Indian journal of veterinary science and animal husbandry - Volume 8,
Year: 1938
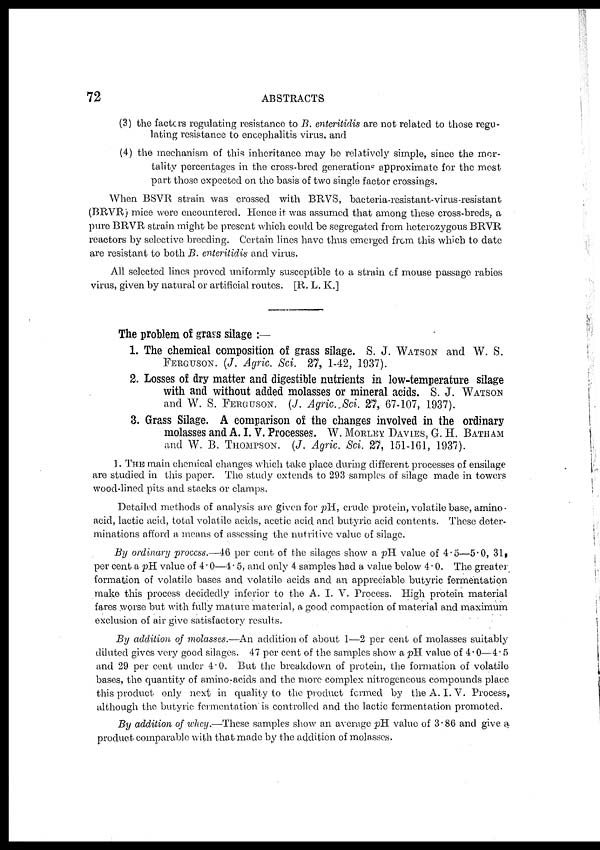
72
ABSTRACTS
(3) the factors regulating resistance to B. enteritidis are not related to those regu-
lating resistance to encephalitis virus. and
(4) the mechanism of this inheritance may be relatively simple, since the mor-
tality percentages in the cross-bred generations approximate for the most
part those expected on the basis of two single factor crossings.
When BSVR strain was crossed with BRVS, bacteria-resistant-virus-resistant
(BRVR) mice were encountered. Hence it was assumed that among these cross-breds, a
pure BRVR strain might be present which could be segregated from heterozygous BRVR
reactors by selective breeding. Certain lines have thus emerged from this which to date
are resistant to both B. enteritidis and virus.
All selected lines proved uniformly susceptible to a strain of mouse passage rabies
virus, given by natural or artificial routes. [R. L. K.]
The problem of grass silage :—
1. The chemical composition of grass silage. S. J. WATSON and W. S.
FERGUSON. (J. Agric. Sci. 27, 1-42, 1937).
2. Losses of dry matter and digestible nutrients in low-temperature silage
with and without added molasses or mineral acids. S. J. WATSON
and W. S. FERGUSON. (J. Agric. Sci. 27, 67-107, 1937).
3. Grass Silage. A comparison of the changes involved in the ordinary
molasses and A. I. V. Processes. W. MORLEY DAVIES, G. H. BATHAM
and W. B. THOMPSON. (J. Agric. Sci. 27, 151-161, 1937).
1. THE main chemical changes which take place during different processes of ensilage
are studied in this paper. The study extends to 293 samples of silage made in towers
wood-lined pits and stacks or clamps.
Detailed methods of analysis are given for pH, crude protein, volatile base, amino¬
acid, lactic acid, total volatile acids, acetic acid and butyric acid contents. These deter-
minations afford a means of assessing the nutritive value of silage.
By ordinary process.—46 per cent of the silages show a pH value of 4.5—5.0, 31,
per cent a pH value of 4.0—4.5, and only 4 samples had a value below 4.0. The greater
formation of volatile bases and volatile acids and an appreciable butyric fermentation
make this process decidedly inferior to the A. I. V. Process. High protein material
fares worse but with fully mature material, a good compaction of material and maximum
exclusion of air give satisfactory results.
By addition of molasses.—An addition of about 1—2 per cent of molasses suitably
diluted gives very good silages. 47 per cent of the samples show a pH value of 4.0—4.5
and 29 per cent under 4.0. But the breakdown of protein, the formation of volatile
bases, the quantity of amino-acids and the more complex nitrogeneous compounds place
this product only next in quality to the product formed by the A. I. V. Process,
although the butyrie fermentation is controlled and the lactic fermentation promoted.
By addition of whey.—These samples show an average pH value of 3.86 and give a
product comparable with that made by the addition of molasses.